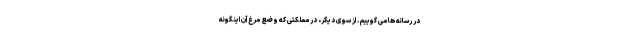
در رسانه ها می گوییم. از سوی دیگر، در مملکتی که وضع مرغ آن اینگونه